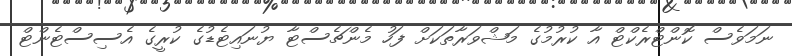
ނަމަވެސް ކޮންޓްރެކްޓް އާ ކުރުމުގެ މަޝްވަރާތަކަށް ފަހު މެންޗެސްޓާ ޔުނައިޓެޑުގެ ކުރީގެ އެސިސްޓެންޓް